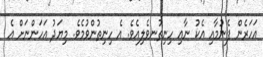
އަހަރެން ފެނުމާއި އެކު ނާއި ހިނިތުނވެލިއެވެ. އެ ހިނިތުންވުމެވެ. މިޔަދު އަހަންނަށް އެ